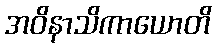
အဝိနာသိကာယောတိ